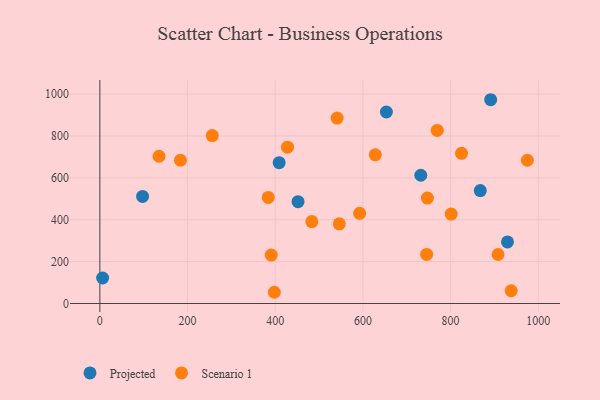
{"axis": {"x": "Price", "y": "Salary"}, "legend": ["Projected", "Scenario 1"], "data": [{"x": "97.4", "y": 511.1, "type": "Projected"}, {"x": "929.8", "y": 294.0, "type": "Projected"}, {"x": "408.9", "y": 672.3, "type": "Projected"}, {"x": "452.0", "y": 486.2, "type": "Projected"}, {"x": "653.5", "y": 914.5, "type": "Projected"}, {"x": "6.3", "y": 121.8, "type": "Projected"}, {"x": "891.4", "y": 973.0, "type": "Projected"}, {"x": "867.7", "y": 539.0, "type": "Projected"}, {"x": "732.0", "y": 612.4, "type": "Projected"}, {"x": "628.2", "y": 709.9, "type": "Scenario 1"}, {"x": "592.5", "y": 430.8, "type": "Scenario 1"}, {"x": "384.1", "y": 506.4, "type": "Scenario 1"}, {"x": "975.1", "y": 684.1, "type": "Scenario 1"}, {"x": "938.2", "y": 60.8, "type": "Scenario 1"}, {"x": "183.9", "y": 684.0, "type": "Scenario 1"}, {"x": "747.1", "y": 503.6, "type": "Scenario 1"}, {"x": "824.9", "y": 717.0, "type": "Scenario 1"}, {"x": "745.4", "y": 234.5, "type": "Scenario 1"}, {"x": "135.0", "y": 703.0, "type": "Scenario 1"}, {"x": "908.2", "y": 234.0, "type": "Scenario 1"}, {"x": "769.5", "y": 826.4, "type": "Scenario 1"}, {"x": "546.1", "y": 380.5, "type": "Scenario 1"}, {"x": "397.9", "y": 53.6, "type": "Scenario 1"}, {"x": "483.5", "y": 391.1, "type": "Scenario 1"}, {"x": "801.4", "y": 426.8, "type": "Scenario 1"}, {"x": "390.9", "y": 231.1, "type": "Scenario 1"}, {"x": "541.2", "y": 885.4, "type": "Scenario 1"}, {"x": "428.0", "y": 746.6, "type": "Scenario 1"}, {"x": "256.4", "y": 801.8, "type": "Scenario 1"}]}